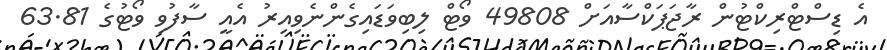
އެ ޑިސްޓްރިކްޓުން ރާޖަޕަކްސާއަށް 49808 ވޯޓް ލިބިވަޑައިގެންނެވިއިރު އެއީ ސާފުވި ވޯޓުގެ 63.81